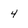
Character: 4